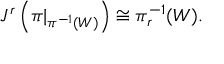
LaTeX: J ^ { r } \left( \pi | _ { \pi ^ { - 1 } ( W ) } \right) \cong \pi _ { r } ^ { - 1 } ( W ) .